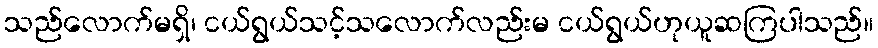
သည်လောက်မရှိ၊ ငယ်ရွယ်သင့်သလောက်လည်းမ ငယ်ရွယ်ဟုယူဆကြပါသည်။